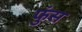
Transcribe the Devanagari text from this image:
फुंस